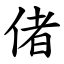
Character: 偖